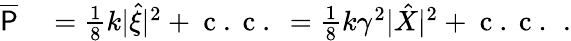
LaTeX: \begin{array}{rl}{\overline{{\mathsf{P}}}}&{{}=\frac{1}{8}k|\hat{\xi}|^{2}+\mathrm{~c~.~c~.~}=\frac{1}{8}k\gamma^{2}|\hat{X}|^{2}+\mathrm{~c~.~c~.~}\, .}\end{array}